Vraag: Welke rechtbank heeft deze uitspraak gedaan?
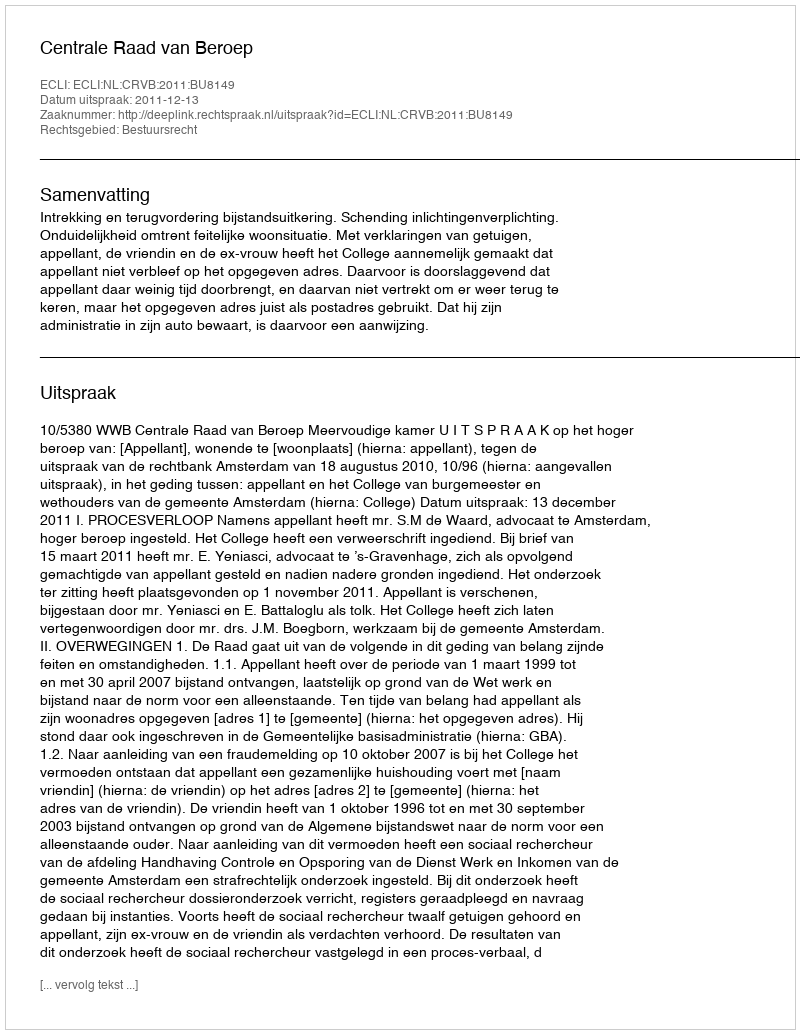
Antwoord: Centrale Raad van Beroep